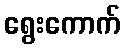
ရွေးကောက်